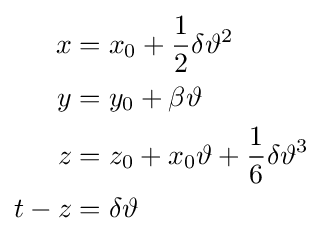
\scriptstyle {\begin{aligned}x&=x_{0}+{\frac {1}{2}}\delta \vartheta ^{2}\\y&=y_{0}+\beta \vartheta \\z&=z_{0}+x_{0}\vartheta +{\frac {1}{6}}\delta \vartheta ^{3}\\t-z&=\delta \vartheta \end{aligned}}